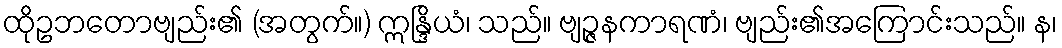
ထိုဥဘတောဗျည်း၏ (အတွက်။) ဣန္ဒြိယံ၊ သည်။ ဗျဉ္ဇနကာရဏံ၊ ဗျည်း၏အကြောင်းသည်။ န၊